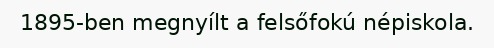
1895-ben megnyílt a felsőfokú népiskola.